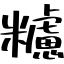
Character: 𥽜